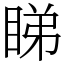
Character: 睇